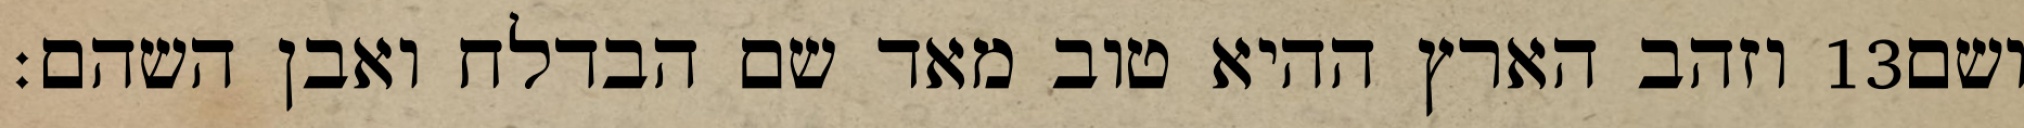
וזהב הארץ ההיא טוב מאד שם הבדלח ואבן השהם׃ ‎13‏ ושם